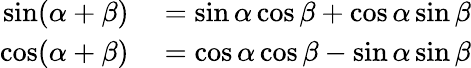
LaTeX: \begin{array}{rl}{\sin(\alpha+\beta)}&{{}=\sin\alpha\cos\beta+\cos\alpha\sin\beta}\\ {\cos(\alpha+\beta)}&{{}=\cos\alpha\cos\beta-\sin\alpha\sin\beta}\end{array}